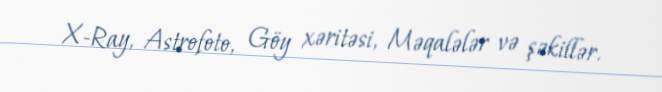
X-Ray, Astrofoto, Göy xəritəsi, Məqalələr və şəkillər.